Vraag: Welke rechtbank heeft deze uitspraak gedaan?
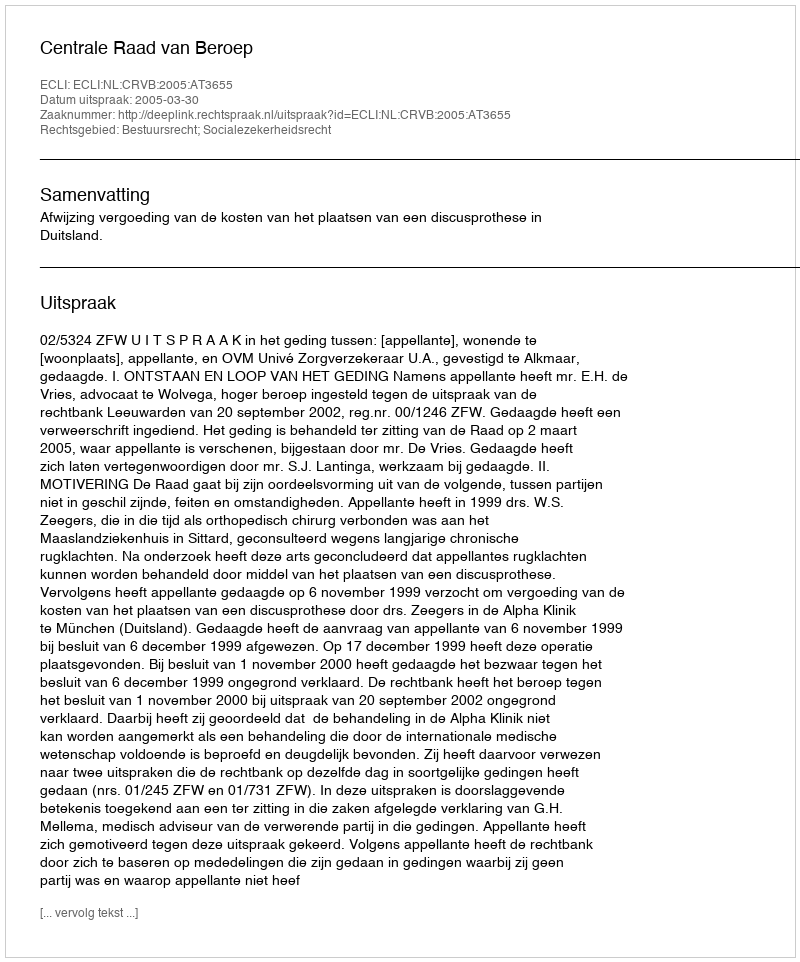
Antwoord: Centrale Raad van Beroep